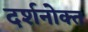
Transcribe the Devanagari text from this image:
दर्शनोक्त